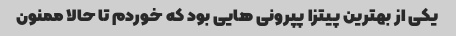
یکی از بهترین پیتزا پپرونی هایی بود که خوردم تا حالا ممنون